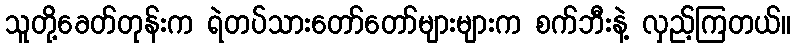
သူတို့ခေတ်တုန်းက ရဲတပ်သားတော်တော်များများက စက်ဘီးနဲ့ လှည့်ကြတယ်။